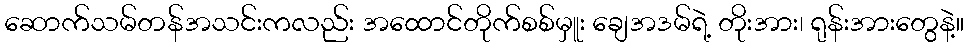
ဆောက်သမ်တန်အသင်းကလည်း အထောင်တိုက်စစ်မှူး ချေအဒမ်ရဲ့ တိုးအား၊ ရုန်းအားတွေနဲ့။